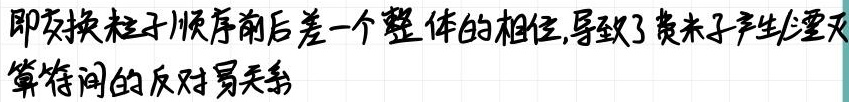
即交换粒子顺序前后差一个整体的相位,导致了费米子产生/湮灭算符间的反对易关系